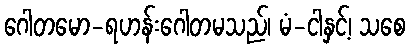
ဂေါတမော-ရဟန်းဂေါတမသည်၊ မံ-ငါနှင့်၊ သစေ